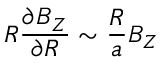
R \frac { \partial B _ { Z } } { \partial R } \sim \frac { R } { a } B _ { Z }